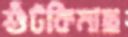
শুঁটকিমাছ